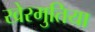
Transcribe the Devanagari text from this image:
खेरमुतिया